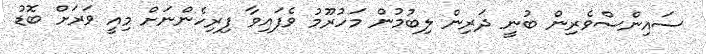
ސައިންސްވެރިން ބުނީ ދަރިން ލިބުމުން މަހުރޫމު ވެފައިވާ ފިރިހެންނަށް މިއީ ވަރަށް ބޮޑު